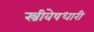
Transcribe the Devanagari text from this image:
स्त्रीवेषधारी